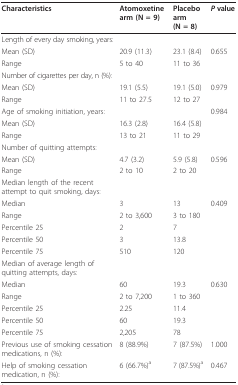
| Characteristics | Atomoxetine arm (N = 9) | Placebo arm (N = 8) | P value |
 | --- | --- | --- | --- |
 | Length of every day smoking, years: |  |  |  |
 | Mean (SD) | 20.9 (11.3) | 23.1 (8.4) | 0.655 |
 | Range | 5 to 40 | 11 to 36 |  |
 | Number of cigarettes per day, n (%): |  |  |  |
 | Mean (SD) | 19.1 (5.5) | 19.1 (5.0) | 0.979 |
 | Range | 11 to 27.5 | 12 to 27 |  |
 | Age of smoking initiation, years: |  |  | 0.984 |
 | Mean (SD) | 16.3 (2.8) | 16.4 (5.8) |  |
 | Range | 13 to 21 | 11 to 29 |  |
 | Number of quitting attempts: |  |  |  |
 | Mean (SD) | 4.7 (3.2) | 5.9 (5.8) | 0.596 |
 | Range | 2 to 10 | 2 to 20 |  |
 | Median length of the recent attempt to quit smoking, days: |  |  |  |
 | Median | 3 | 13 | 0.409 |
 | Range | 2 to 3,600 | 3 to 180 |  |
 | Percentile 25 | 2 | 7 |  |
 | Percentile 50 | 3 | 13.8 |  |
 | Percentile 75 | 510 | 120 |  |
 | Median of average length of quitting attempts, days: |  |  |  |
 | Median | 60 | 19.3 | 0.630 |
 | Range | 2 to 7,200 | 1 to 360 |  |
 | Percentile 25 | 2.25 | 11.4 |  |
 | Percentile 50 | 60 | 19.3 |  |
 | Percentile 75 | 2,205 | 78 |  |
 | Previous use of smoking cessation medications, n (%): | 8 (88.9%) | 7 (87.5%) | 1.000 |
 | Help of smoking cessation medication, n (%): | 6 (66.7%)a | 7 (87.5%)a | 0.467 |